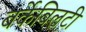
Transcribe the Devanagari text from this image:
बर्केबिलटी